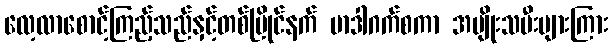
လေ့လာစောင့်ကြည့်သည်နှင့်တစ်ပြိုင်နက် မာဒါဂက်စကာ အမျိုးသမီးများကြား